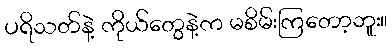
ပရိသတ်နဲ့ ကိုယ်တွေနဲ့က မစိမ်းကြတော့ဘူး။